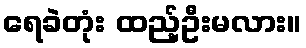
ရေခဲတုံး ထည့်ဦးမလား။